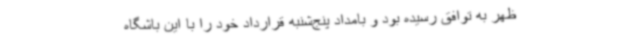
ظهر به توافق رسیده بود و بامداد پنج‌شنبه قرارداد خود را با این باشگاه